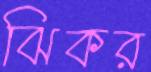
ঝিকর